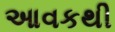
આવકથી